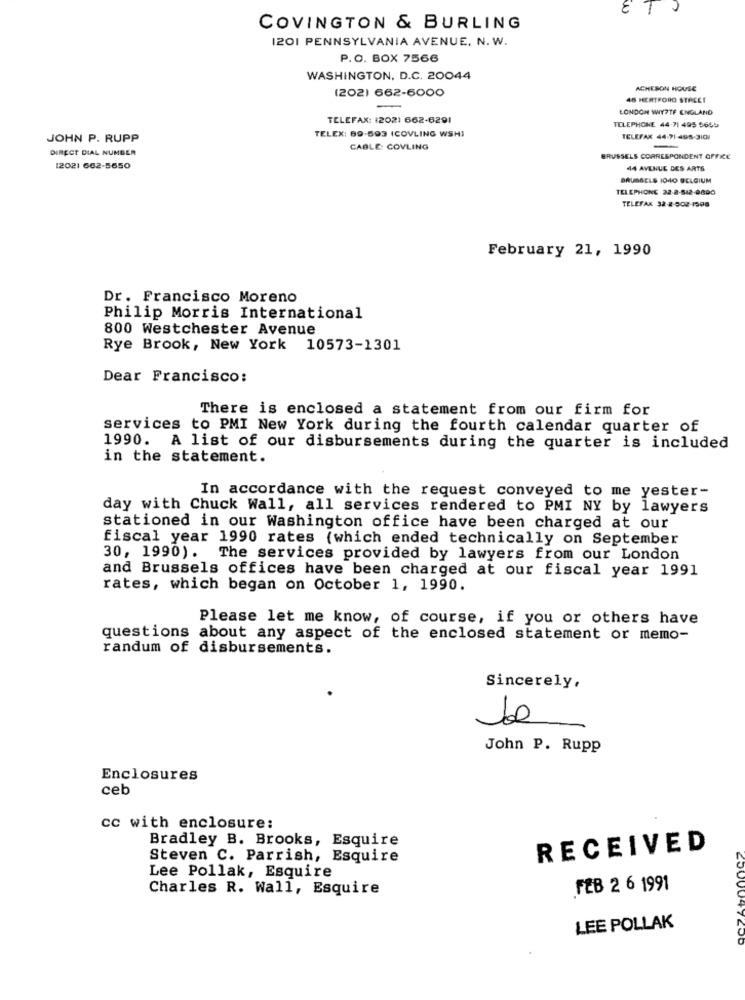
ET
2
COVINGTON & BURLING
I201 PENNSYLVANIA AVENUE. N. W.
P.O. BOX 7566
WASHINGTON, D.C. 20044
(202) 662-6000
ACHESON HOUSE
46 HERTFORD STREET
LONDON WY?TF ENGLAND
TELEFAX: (202) 662-6291
TELEX: 89-593 ICOVLING WSHI
TELEPHONE 44.71 495 5659
JOHN P. RUPP
TELEFAX 44-71 408-3101
DIRECT DIAL NUMBER
CABLE: COVLING
-
BRUSSELS CORRESPONDENT OFFICE
12021 662-5650
44 AVENUE DES ARTS
BRUSSELS 1040 BELGIUM
TELEPHONE 22-2-812-0800
TELEFAX 32-2-502-1508
February 21, 1990
Dr. Francisco Moreno
Philip Morris International
800 Westchester Avenue
Rye Brook, New York 10573-1301
Dear Francisco:
There is enclosed a statement from our firm for
services to PMI New York during the fourth calendar quarter of
1990. A list of our disbursements during the quarter is included
in the statement.
In accordance with the request conveyed to me yester-
day with Chuck Wall, all services rendered to PMI NY by lawyers
stationed in our Washington office have been charged at our
fiscal year 1990 rates (which ended technically on September
30, 1990). The services provided by lawyers from our London
and Brussels offices have been charged at our fiscal year 1991
rates, which began on October 1, 1990.
Please let me know, of course, if you or others have
questions about any aspect of the enclosed statement or memo-
randum of disbursements.
Sincerely,
6.0
John P. Rupp
Enclosures
ceb
cc with enclosure:
Bradley B. Brooks, Esquire
RECEIVED
Steven C. Parrish, Esquire
Lee Pollak, Esquire
Charles R. Wall, Esquire
FEB 2 6 1991
LEE POLLAK
147200